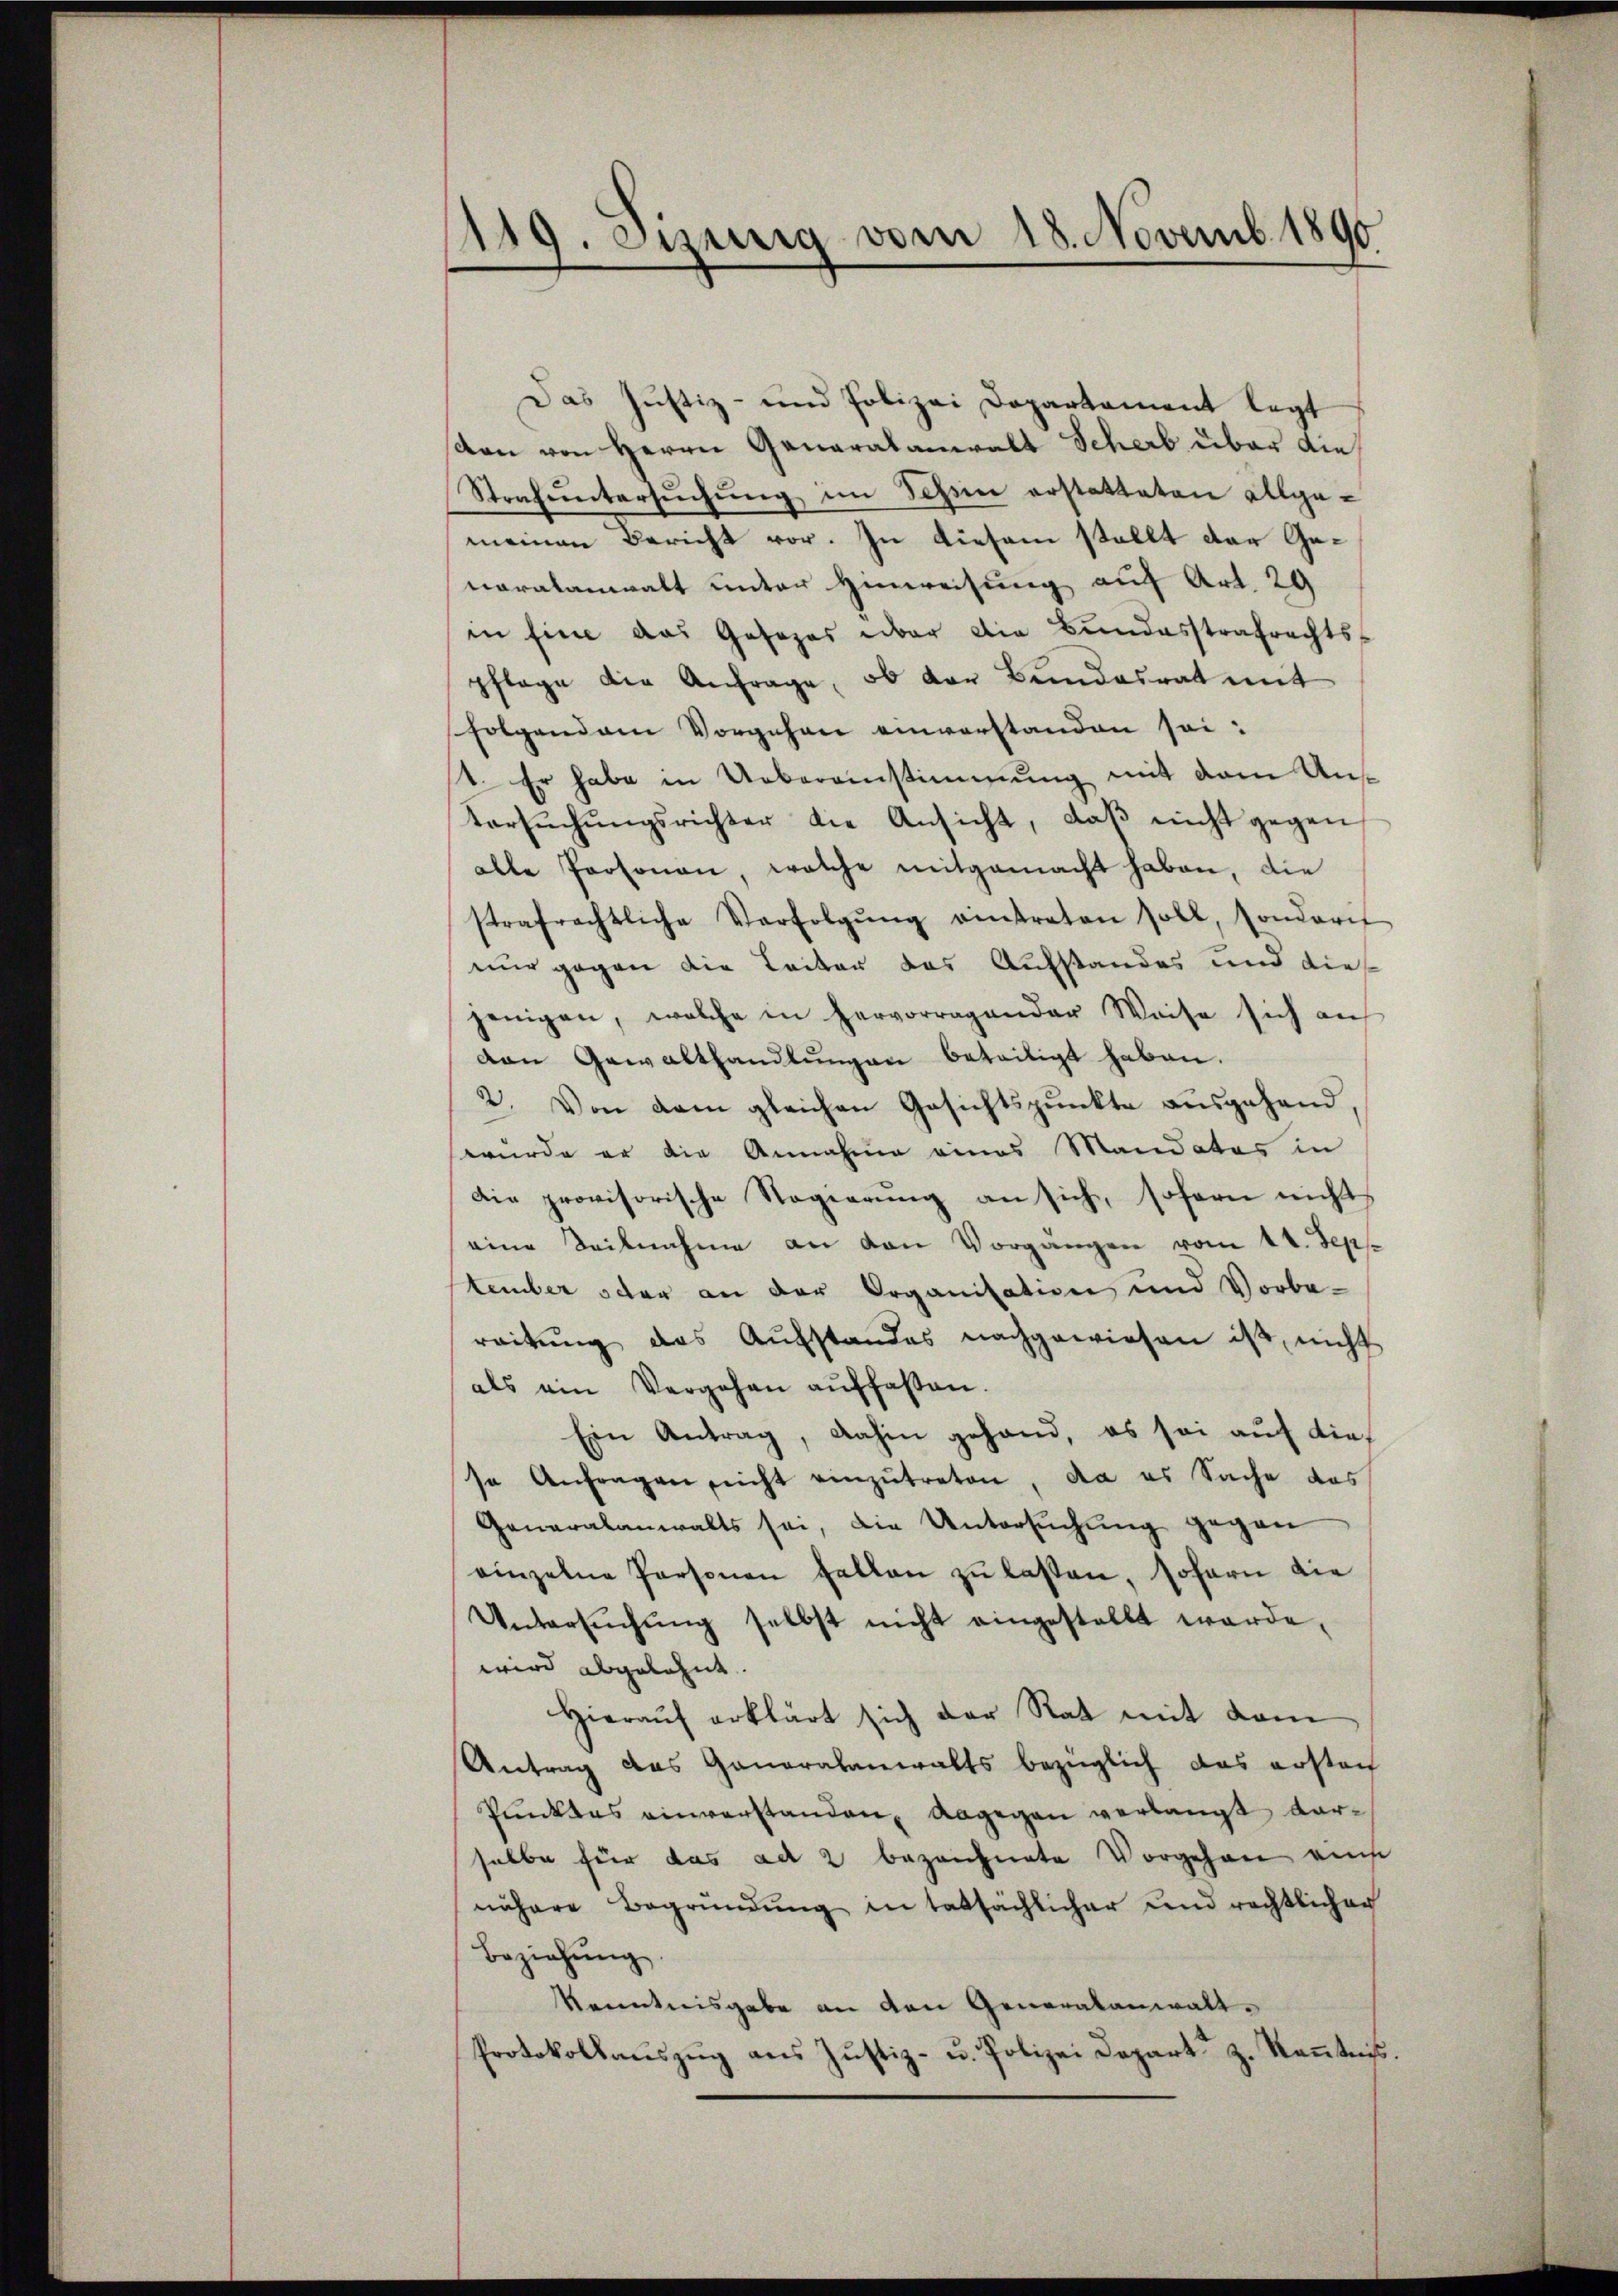
119. Seinig vom 18. Novemb. 1890
d

Das Justiz- und Polizei Departament legt
ton von Herrn Generalanwalt Scherb über die
Strafuntersŭchŭng im Schon erstatteten allge-
meinen Bericht vor. In diesem stellt der Genaralanwalt unter Hinweisung auf Art. 29
in fine das Gesezes über die Bŭndesstrafrechts-
pflage die Anfrage, ob der Bundesrat mit
Folgenden Vorgehen einverstanden sei:
1. Er habe in Uebereinstimmung mit dem Ans¬
Versŭchŭngsrichter die Ansicht, daβ nicht gegen
alle Personen, welche mitgemacht haben, die
strafrechtliche Verfolgŭng eintreten soll, sonderi
nur gegen die Leiter das Aufstandes und dies
jenigen, welche in hervorragender Weise sich an
van Gewalthandlungen beteiligt haben.
2. Von dem gleichen Gesichtspunkte ausgehand,
wurde er die Annahme eines Mandates in
Die provisorische Regierŭng an sich, sofern nichts
eine Seilnahme an den Vorgangen vom 14. Sep.
tember oder an der Organisation und Vorbe-
reitŭng das Aŭfstandes nachgewiesen ist, nicht
als ein Vergehen aŭffaßen.
Ein Antrag, dahin gehand, es sei auf dies
se Anfragen nicht einzŭtreten, da es Sache das
Generalanwalts sei, die Untersuchung gegen
einzelne Personen fallen zŭ lassen, sofern die
Untersŭchŭng selbst nicht eingestellt werde,
wird abgelehnt.
Hieraŭf erklärt sich der Rat mit dem
Antrag das Generalanwalts bezüglich das ersten
Punktes einverstanden dagegen verlangt darselbe für das ad 2 bezeichnete Vorgehen eins
nähere Begründung in tatsächlicher und rechtlicher
Beziehŭng
Kenntnisgabe an den Generalanwalt¬
Protokollaŭszŭg ans Justiz- u. Polizei Depart z. Keṅtnis.